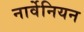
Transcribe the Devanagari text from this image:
नार्वेनियन